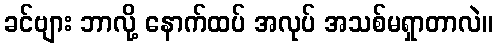
ခင်ဗျား ဘာလို့ နောက်ထပ် အလုပ် အသစ်မရှာတာလဲ။